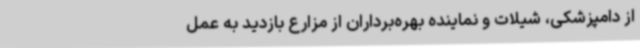
از دامپزشکی، شیلات و نماینده بهره‌برداران از مزارع بازدید به عمل